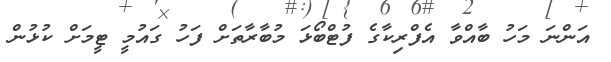
އަންނަ މަހު ބާއްވާ އެފްރިކާގެ ފުޓްބޯޅަ މުބާރާތަށް ފަހު ގައުމީ ޓީމަށް ކުޅުން